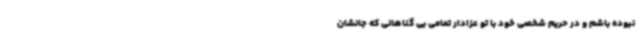
نبوده باشم و در حریم شخصی خود با تو عزادار تمامی بی گناهانی که جانشان